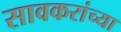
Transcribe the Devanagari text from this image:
सावकरांच्या